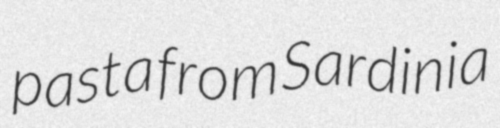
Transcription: pasta from Sardinia